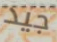
جيد